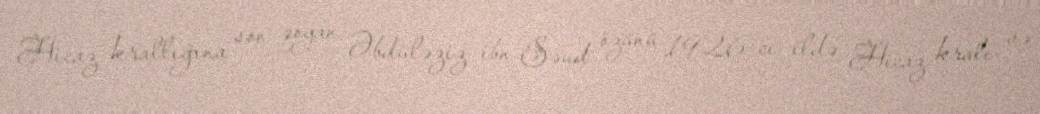
Hicaz krallığına son qoyan Əbdüləziz ibn Səud özünü 1926-cı ildə Hicaz kralı və